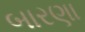
બારણા